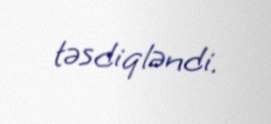
təsdiqləndi.